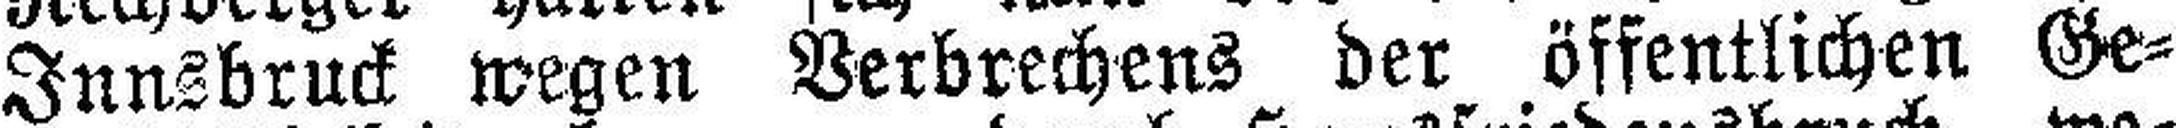
Innsbruck wegen Verbrechens der öffentlichen Ge¬